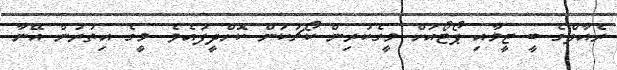
ރެއާލްގެ ބީ ޓީމާއި ޕޯޓޯއަށް މީގެކުރިން ކޯޗުކަން ކޮށްދީފައެވެ. މީގެ އިތުރުން އޭނާ